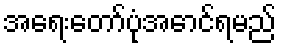
အရေးတော်ပုံအောင်ရမည်